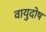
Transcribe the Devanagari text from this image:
वायुदोष